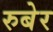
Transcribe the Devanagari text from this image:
रुबेर